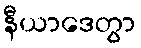
နီယာဒေတွာ